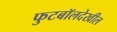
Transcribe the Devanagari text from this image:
फुटबॉलदेखील